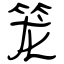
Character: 笼